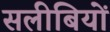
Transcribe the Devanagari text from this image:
सलीबियों